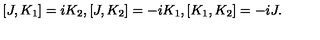
[ J , K _ { 1 } ] = i K _ { 2 } , [ J , K _ { 2 } ] = - i K _ { 1 } , [ K _ { 1 } , K _ { 2 } ] = - i J .